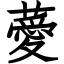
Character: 薆